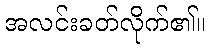
အလင်းခတ်လိုက်၏။